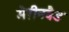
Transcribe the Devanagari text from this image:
मैरीनबैड